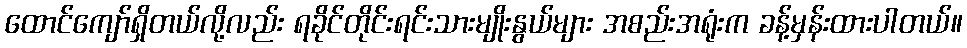
ထောင်ကျော်ရှိတယ်လို့လည်း ရခိုင်တိုင်းရင်းသားမျိုးနွယ်များ အစည်းအရုံးက ခန့်မှန်းထားပါတယ်။